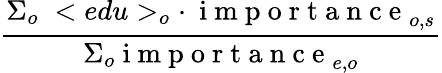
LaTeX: \frac{\Sigma_{o}\; <edu>_{o}\cdot\: \mathrm{~i~m~p~o~r~t~a~n~c~e~}_{o,s}}{\Sigma_{o}\mathrm{~i~m~p~o~r~t~a~n~c~e~}_{e,o}}